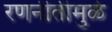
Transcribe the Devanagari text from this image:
रणनीतीमुळे